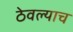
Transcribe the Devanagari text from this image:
ठेवल्याच